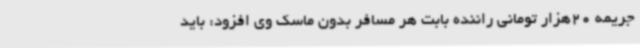
جریمه 20هزار تومانی راننده بابت هر مسافر بدون ماسک وی افزود: باید